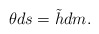
\begin{align*} \theta ds=\tilde{h}dm.\end{align*}